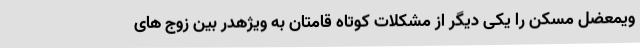
ویمعضل مسکن را یکی دیگر از مشکلات کوتاه قامتان به ویژهدر بین زوج های